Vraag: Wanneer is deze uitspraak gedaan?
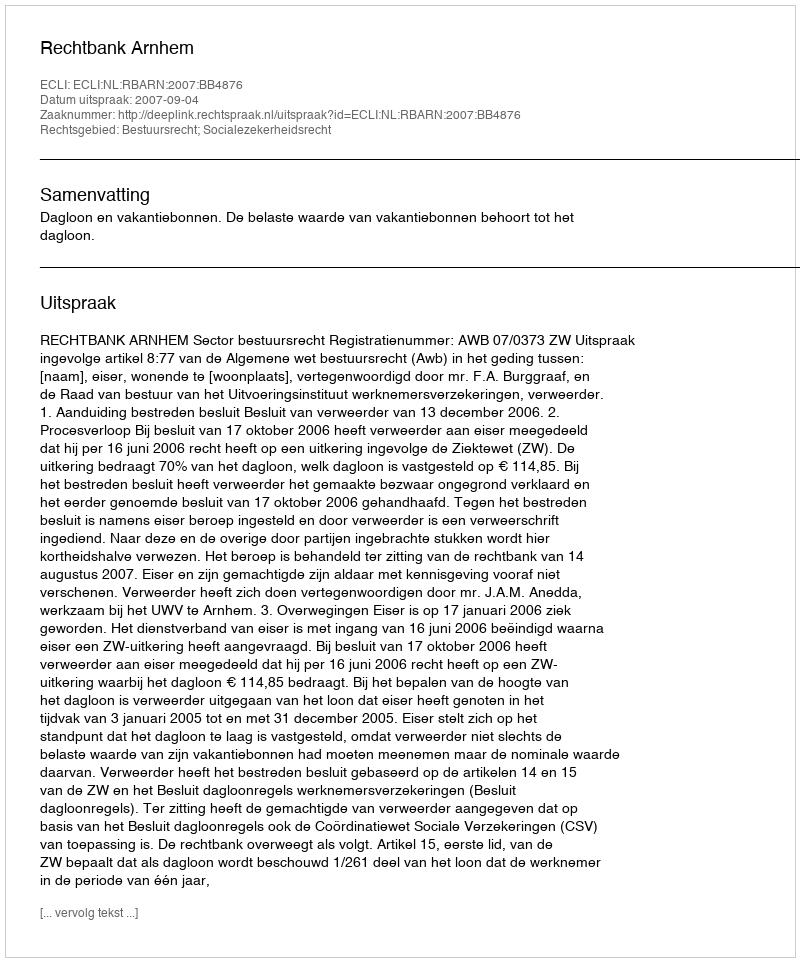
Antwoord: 2007-09-04